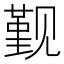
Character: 觐